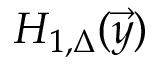
H _ { 1 , \Delta } ( \vec { y } )